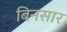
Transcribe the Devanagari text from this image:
बिनसार